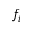
f _ { i }